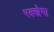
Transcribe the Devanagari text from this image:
रक्खेगा